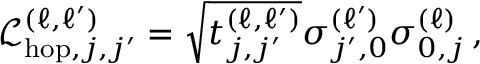
\mathcal { L } _ { \mathrm { h o p } , j , j ^ { \prime } } ^ { ( \ell , \ell ^ { \prime } ) } = \sqrt { t _ { j , j ^ { \prime } } ^ { \left( \ell , \ell ^ { \prime } \right) } } \sigma _ { j ^ { \prime } , 0 } ^ { ( \ell ^ { \prime } ) } \sigma _ { 0 , j } ^ { \left( \ell \right) } \, ,